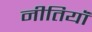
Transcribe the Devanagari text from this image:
नीतियॉं